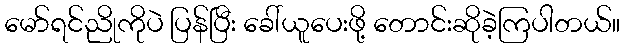
မော်ရင်ညိုကိုပဲ ပြန်ပြီး ခေါ်ယူပေးဖို့ တောင်းဆိုခဲ့ကြပါတယ်။